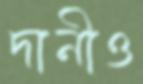
দানীও